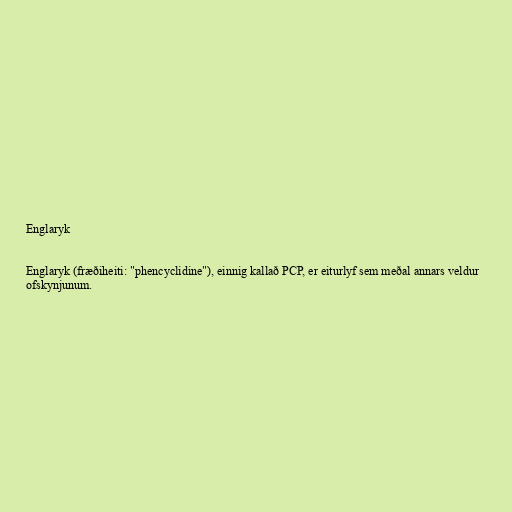
Englaryk

Englaryk (fræðiheiti: "phencyclidine"), einnig kallað PCP, er eiturlyf sem meðal annars veldur
ofskynjunum.